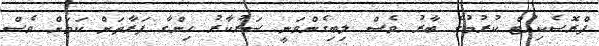
ޕްރޮސެކިއުޓް ކުރުމުގެ ބާރު ވެސް ލިބިގެންވަނީ ސަރުކާރު ހިންގާ ފަރާތަށް ކަމަށް ވެސް